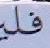
فلير